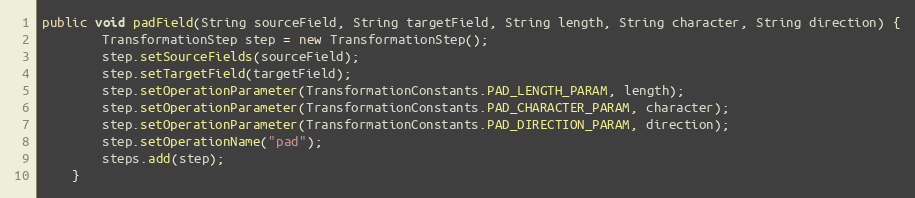
Language: Java
public void padField(String sourceField, String targetField, String length, String character, String direction) {
        TransformationStep step = new TransformationStep();
        step.setSourceFields(sourceField);
        step.setTargetField(targetField);
        step.setOperationParameter(TransformationConstants.PAD_LENGTH_PARAM, length);
        step.setOperationParameter(TransformationConstants.PAD_CHARACTER_PARAM, character);
        step.setOperationParameter(TransformationConstants.PAD_DIRECTION_PARAM, direction);
        step.setOperationName("pad");
        steps.add(step);
    }